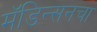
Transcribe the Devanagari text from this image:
मॅडिन्सनचा